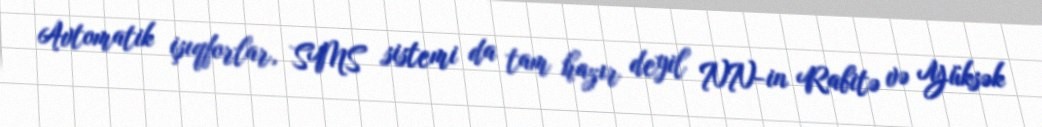
Avtomatik işıqforlar, SMS sistemi da tam hazır deyil NN-in Rabitə və Yüksək